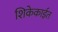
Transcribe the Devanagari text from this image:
शिकेकाईत